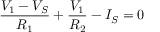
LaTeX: { \frac { V _ { 1 } - V _ { S } } { R _ { 1 } } } + { \frac { V _ { 1 } } { R _ { 2 } } } - I _ { S } = 0